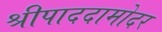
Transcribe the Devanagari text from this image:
श्रीपाददामोदर